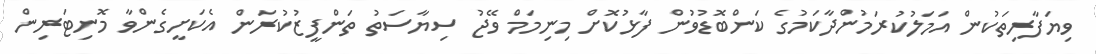
ވިޔަފާރިތަކުން އަމަލުކުރަމުންދާކަމުގެ ކަންބޮޑުވުން ފާޅުކޮށް މިނިމަމް ވޭޖު ސިޔާސަތު ތަންފީޒުކުރަން އެކަށީގެންވާ މޮނިޓަރިން